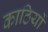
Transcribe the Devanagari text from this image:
काठियों